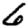
Digit: 6